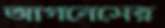
আগনেসের